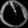
Digit: ၀